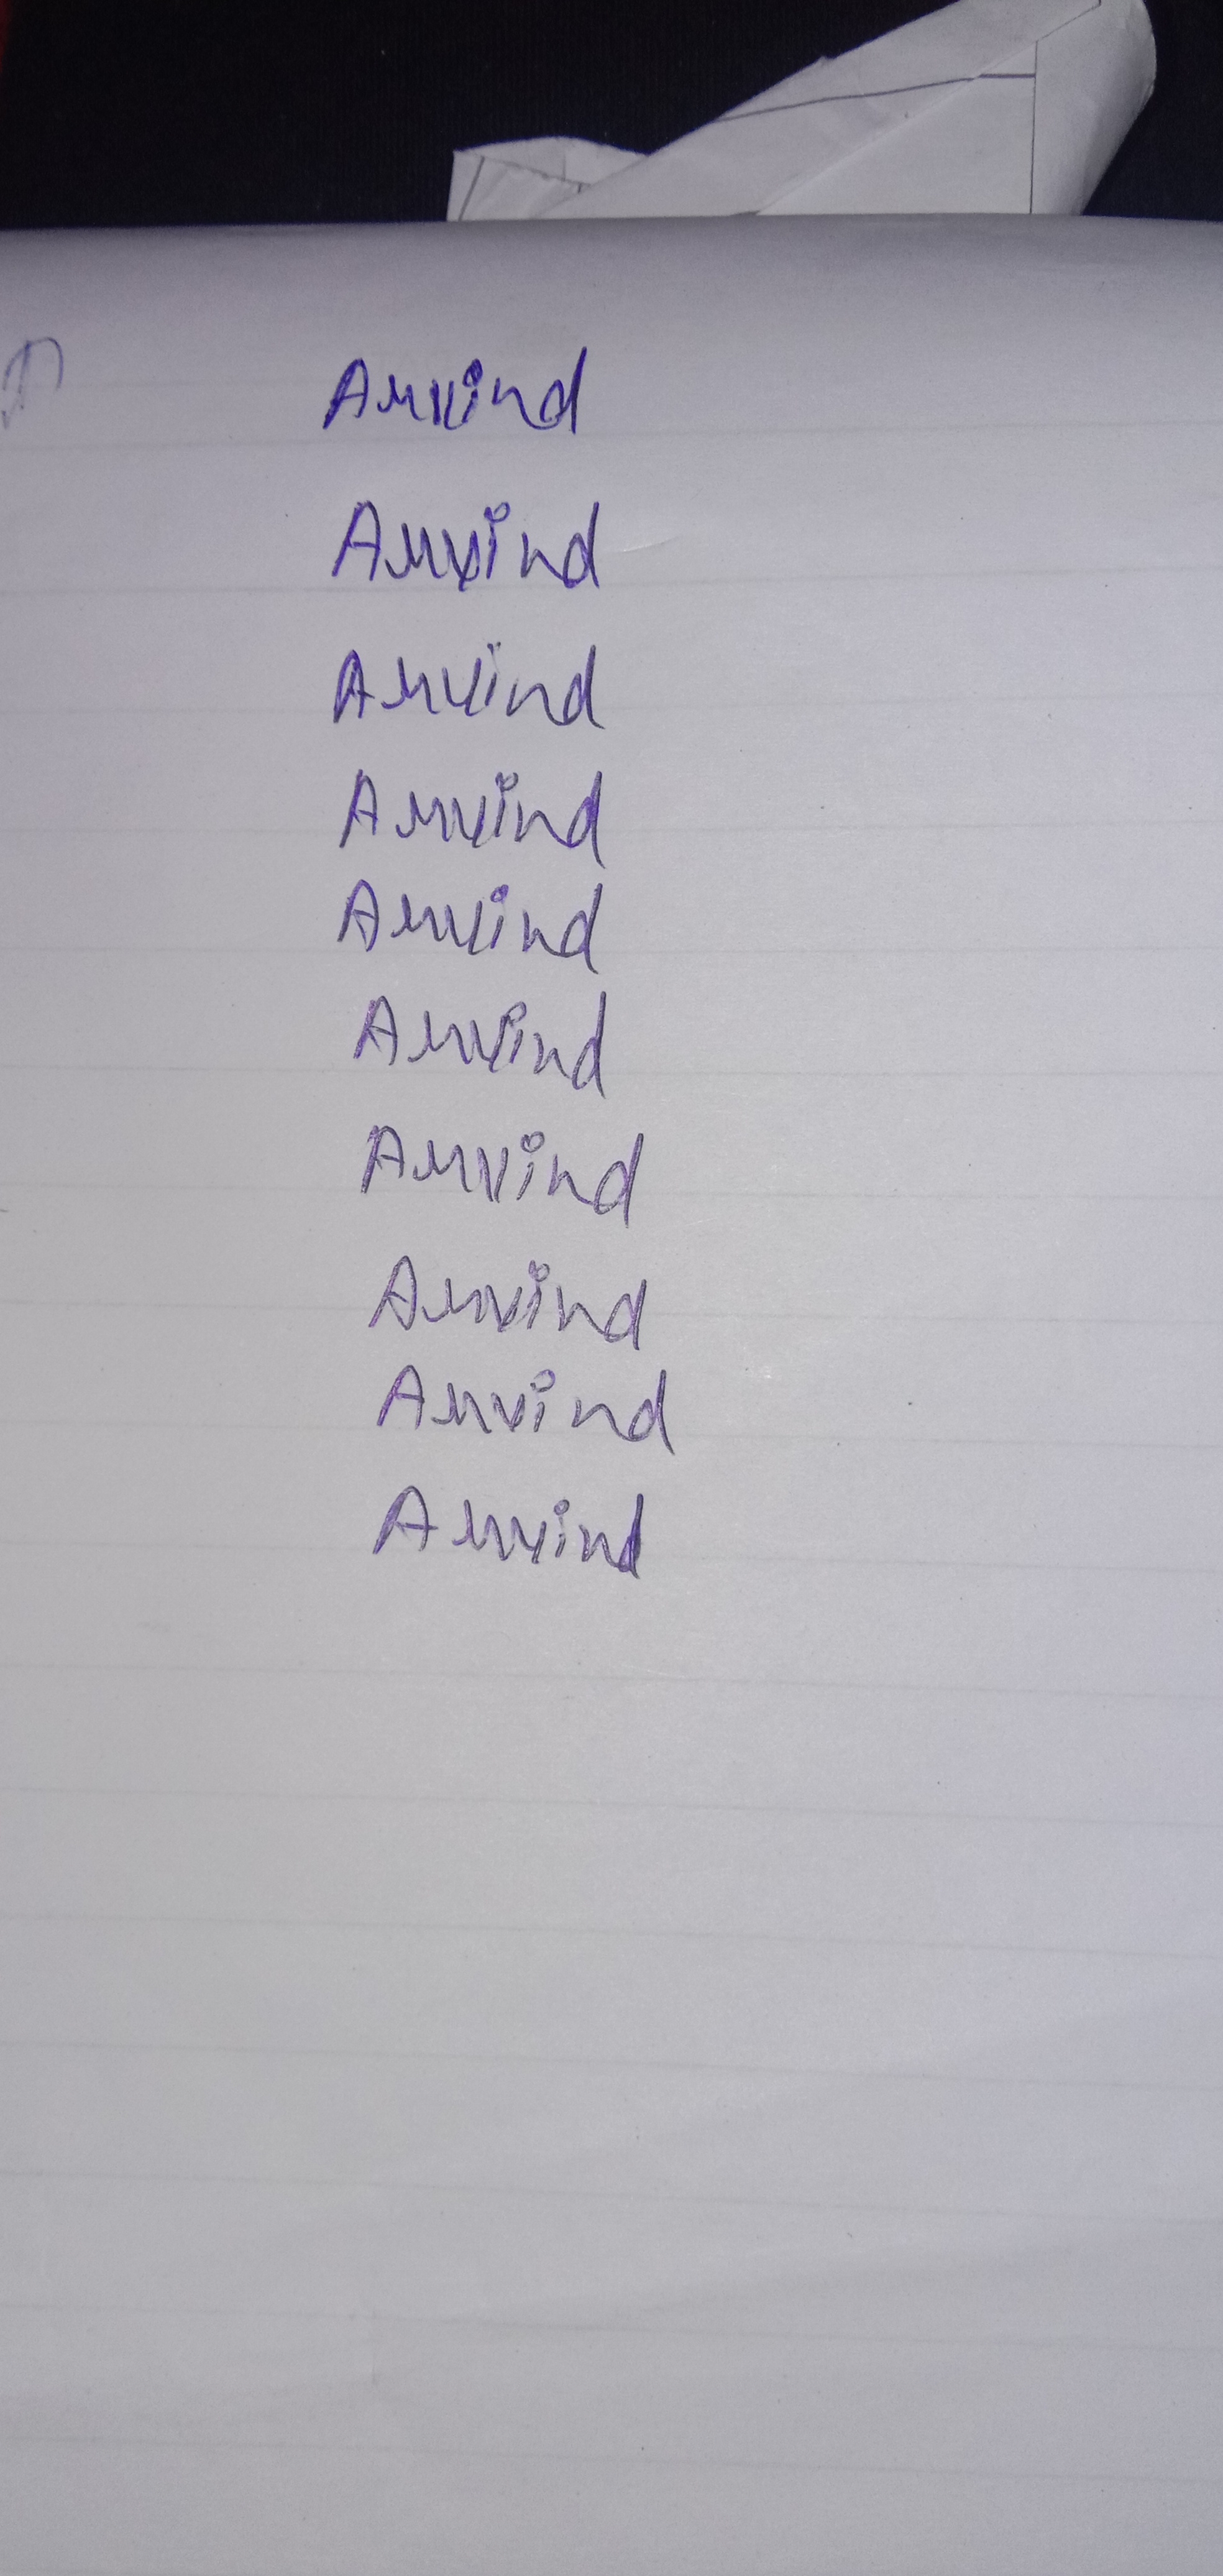
Signature authenticity: genuine